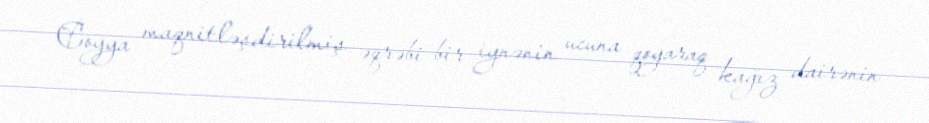
Coyya maqnitləşdirilmiş əqrəbi bir iynənin ucuna qoyaraq kağız dairənin